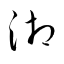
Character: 湘